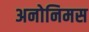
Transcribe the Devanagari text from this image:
अनोनिमस